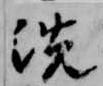
洗